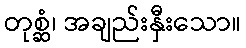
တုစ္ဆံ၊ အချည်းနှီးသော။